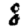
Digit: 8